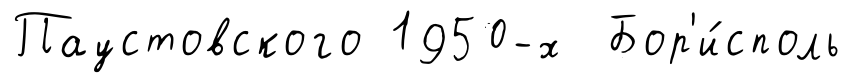
Паустовского 1950-х Бор'и́споль